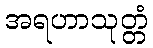
အရဟာသုတ္တံ